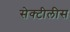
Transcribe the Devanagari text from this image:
सेक्टीलीस